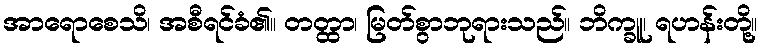
အာရောစေသိ၊ အစီရင်ခံ၏။ တတ္ထာ၊ မြတ်စွာဘုရားသည်။ ဘိက္ခူ၊ ရဟန်းတို့။